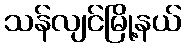
သန်လျင်မြို့နယ်